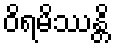
ဝိရမိဿန္တိ